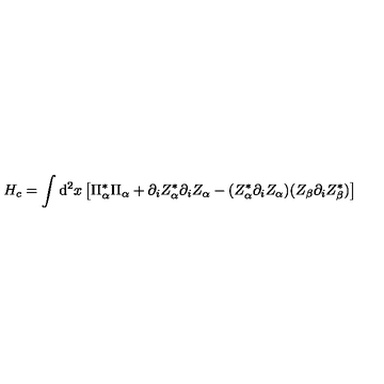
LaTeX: H _ { c } = \int \mathrm { d } ^ { 2 } x \left[ \Pi _ { \alpha } ^ { * } \Pi _ { \alpha } + \partial _ { i } Z _ { \alpha } ^ { * } \partial _ { i } Z _ { \alpha } - ( Z _ { \alpha } ^ { * } \partial _ { i } Z _ { \alpha } ) ( Z _ { \beta } \partial _ { i } Z _ { \beta } ^ { * } ) \right]